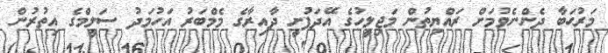
މަރުޙަބާ ދެންނެވުމަށް ރައްޔިތުން މަޖިލީހުގެ އޭދަފުށީ ދާއިރާގެ މެމްބަރު އަހުމަދު ސަލީމްގެ އިތުރުން